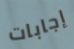
إجابات